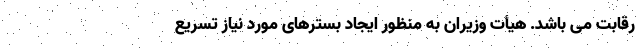
رقابت می باشد. هیأت وزیران به منظور ایجاد بسترهای مورد نیاز تسریع